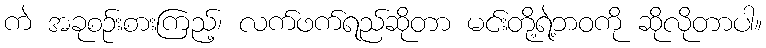
ကဲ အခုစဉ်းစားကြည့်၊ လက်ဖက်ရည်ဆိုတာ မင်းတို့ရဲ့ဘဝကို ဆိုလိုတာပါ။